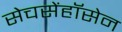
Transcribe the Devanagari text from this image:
सेचसेंहॉसेन